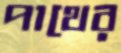
পাথের